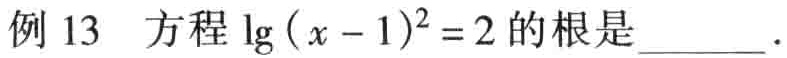
例 13 方程\(\lg(x - 1)^2 = 2\)的根是________.